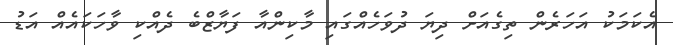
އެކަމަކު އަހަރެން ތިގެއަށް ދިޔަ ދުވަހެއްގައި މާކިންއާ ފަޔާޒްބެ ދެއްކި ވާހަކައެއް އަޑު